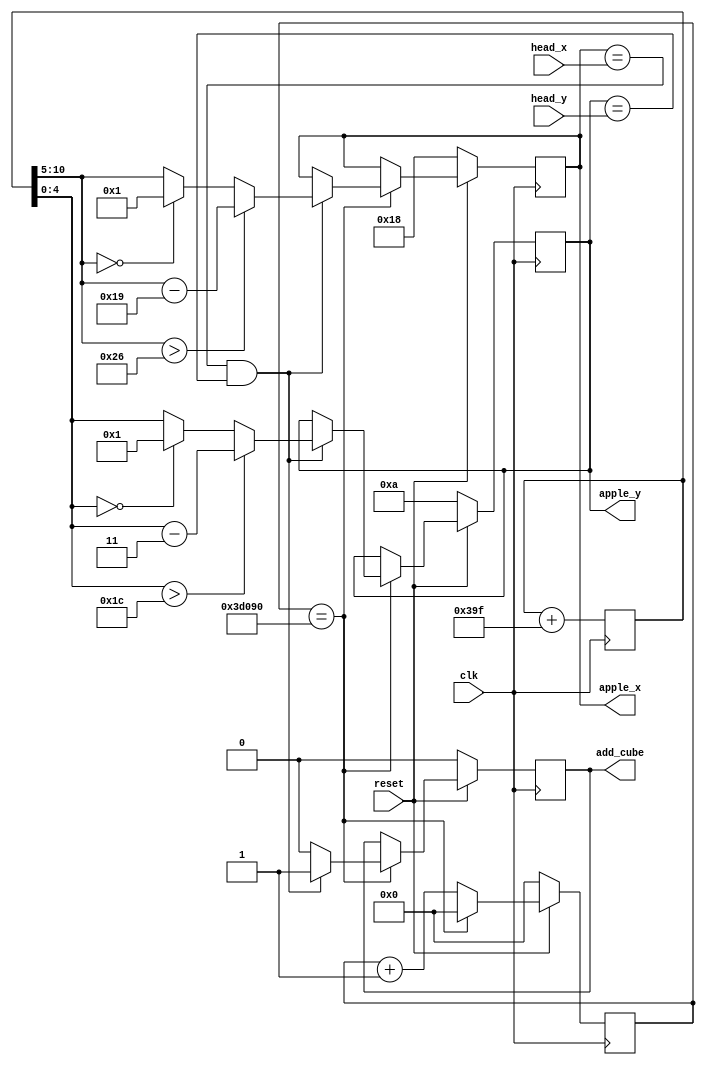
module Snake_eating_apple (

	input clk,
	input reset,

	input [5:0] head_x,
	input [5:0] head_y,

	output reg [5:0] apple_x,
	output reg [4:0] apple_y,

	output reg add_cube

);

	reg [31:0] clk_cnt;
	reg [10:0] random_num;
	
	always @( posedge clk )
		random_num <= random_num + 927;
		 
	always @( posedge clk ) begin

		if( reset == 0 ) begin

			clk_cnt <= 0;

			apple_x <= 24;
			apple_y <= 10;

			add_cube <= 0;

		end

		else begin
		
			clk_cnt <= clk_cnt + 1;

			if( clk_cnt == 250000 ) begin

				clk_cnt <= 0;
if( apple_x == head_x && apple_y == head_y )
       begin
 add_cube <= 1;
apple_x <= ( random_num[10:5] > 38 ) ? ( random_num[10:5] - 25 ) :( random_num[10:5] == 0 ) ? 1:random_num[10:5];
apple_y <= ( random_num[4:0] > 28 ) ? ( random_num[4:0] - 3 ) :( random_num[4:0] == 0 ) ? 1 : random_num[4:0];

	   end
else 
					add_cube <= 0;
					
			end

		end

	end

endmodule